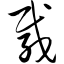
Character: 载